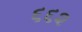
૬૬૨